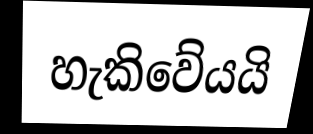
හැකිවේයයි